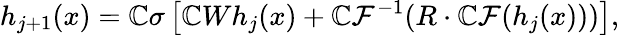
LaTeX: h_{j+1}(x)=\mathbb{C}\sigma\left[\mathbb{C}Wh_{j}(x)+\mathbb{C}\mathcal{F}^{-1}(R\cdot\mathbb{C}\mathcal{F}(h_{j}(x)))\right],